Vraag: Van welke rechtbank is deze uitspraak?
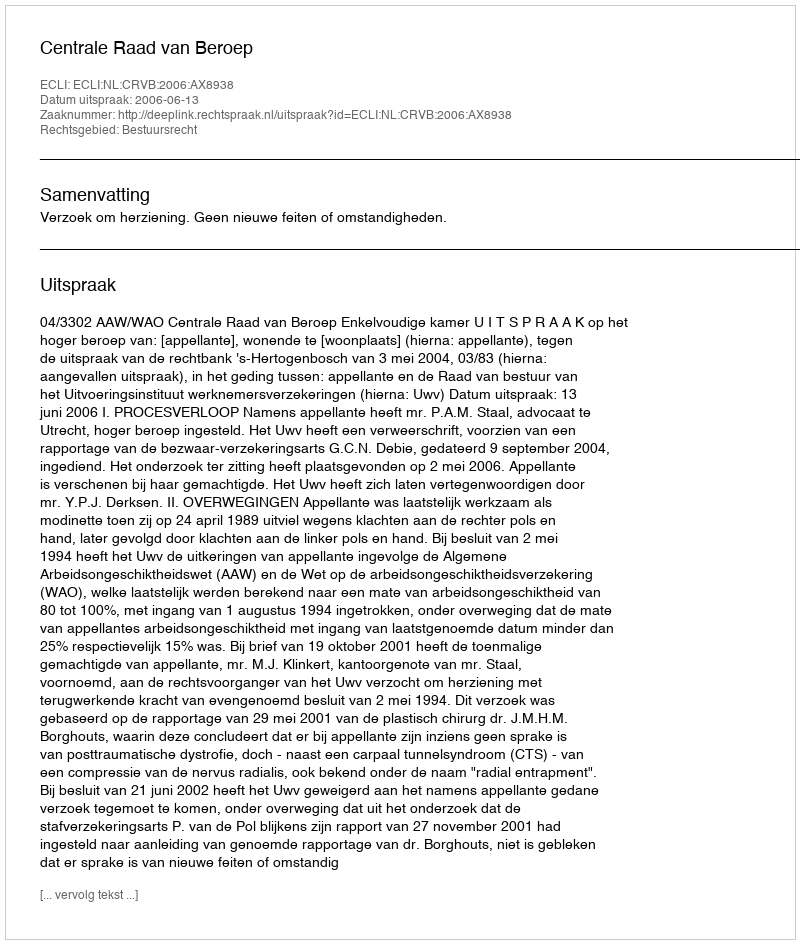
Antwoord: Centrale Raad van Beroep